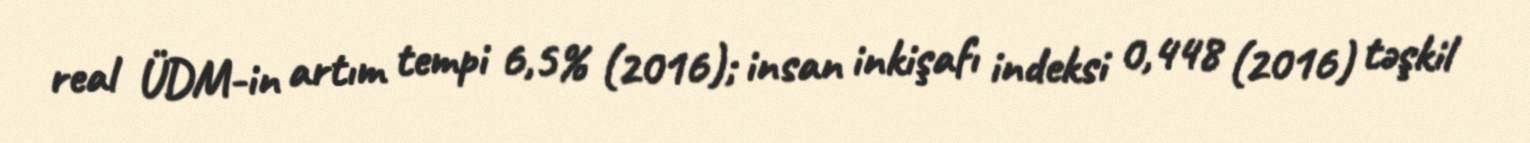
real ÜDM-in artım tempi 6,5% (2016); insan inkişafı indeksi 0,448 (2016) təşkil